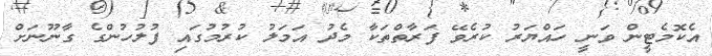
އެކޮމެޓީން ވަނީ ހައްޔަރު ކުރެވޭ ފަރާތްތަކާ މެދު އަމަލު ކުރުމުގައި ފުލުހުންގެ ގާނޫނަށް